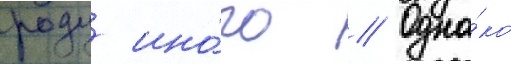
роду ино́го // Одна́ко